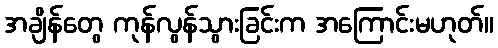
အချိန်တွေ ကုန်လွန်သွားခြင်းက အကြောင်းမဟုတ်။